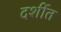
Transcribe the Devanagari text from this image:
दर्शीत